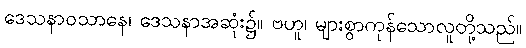
ဒေသနာဝသာနေ၊ ဒေသနာအဆုံး၌။ ဗဟူ၊ များစွာကုန်သောလူတို့သည်။